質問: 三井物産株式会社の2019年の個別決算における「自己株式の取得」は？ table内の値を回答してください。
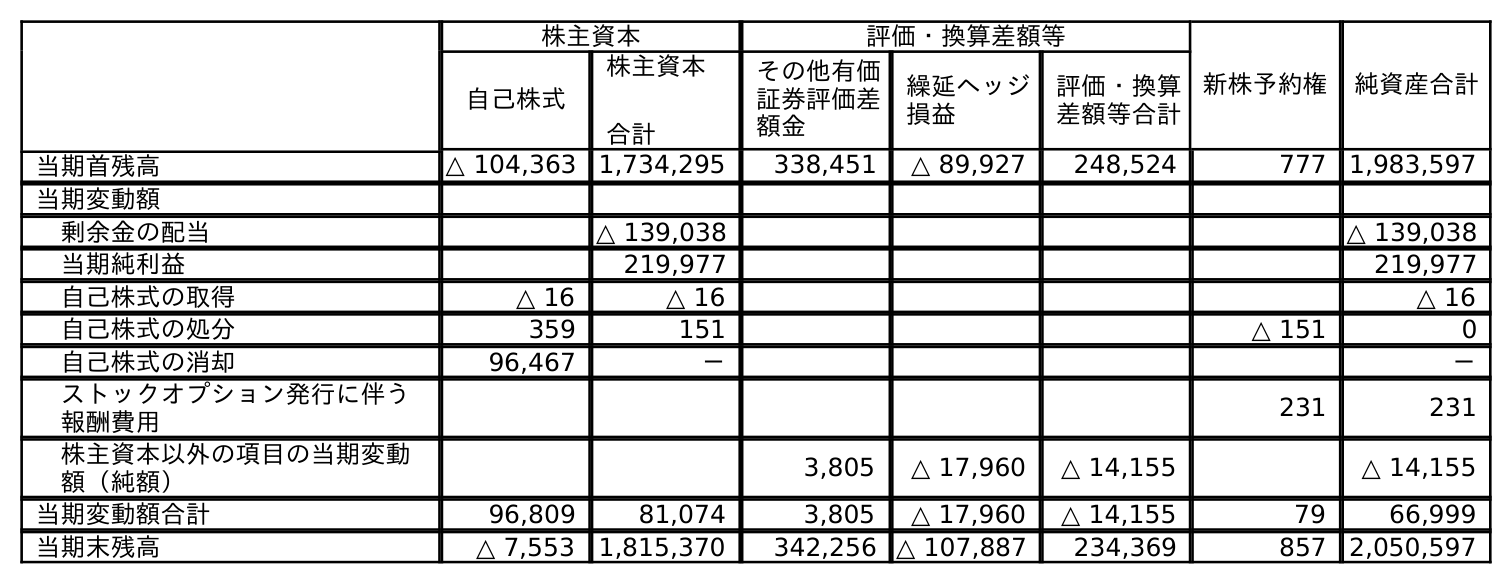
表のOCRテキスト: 株主資本 評価・換算差額等 新株予約権 純資産合計 自己株式 株主資本 合計 その他有価 証券評価差 額金 繰延ヘッジ 損益 評価・換算 差額等合計 当期首残高 △ 104,363 1,734,295 338,451 △ 89,927 248,524 777 1,983,597 当期変動額 剰余金の配当 △ 139,038 △ 139,038 当期純利益 219,977 219,977 自己株式の取得 △ 16 △ 16 △ 16 自己株式の処分 359 151 △ 151 0 自己株式の消却 96,467 － － ストックオプション発行に伴う 報酬費用 231 231 株主資本以外の項目の当期変動 額（純額） 3,805 △ 17,960 △ 14,155 △ 14,155 当期変動額合計 96,809 81,074 3,805 △ 17,960 △ 14,155 79 66,999 当期末残高 △ 7,553 1,815,370 342,256 △ 107,887 234,369 857 2,050,597
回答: △16